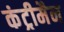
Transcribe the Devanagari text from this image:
कंट्रीमैन